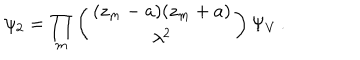
\psi _ { 2 } = \prod _ { m } \left( \begin{array} { c } { { ( z _ { m } - a ) ( z _ { m } + a ) } } \\ { { \lambda ^ { 2 } } } \\ \end{array} \right) \Psi _ { V } \, .